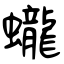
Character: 蠬